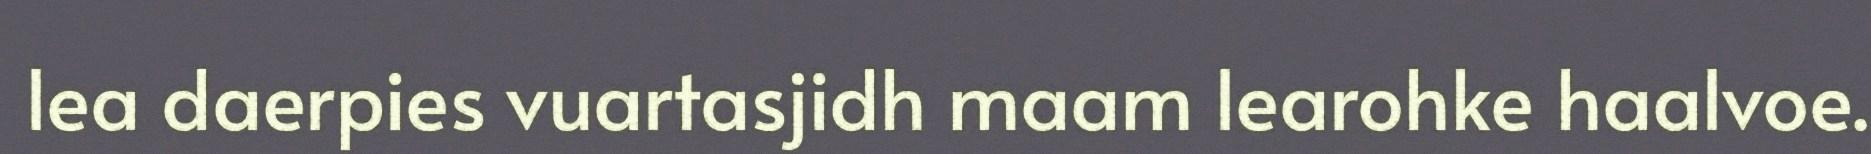
lea daerpies vuartasjidh maam learohke haalvoe.